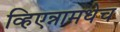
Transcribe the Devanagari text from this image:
व्हिएन्नामधेच